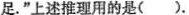
足。”上述推理用的是()。